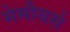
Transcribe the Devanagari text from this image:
मेमौयर्स